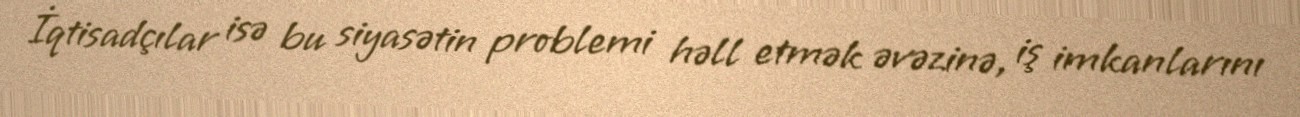
İqtisadçılar isə bu siyasətin problemi həll etmək əvəzinə, iş imkanlarını